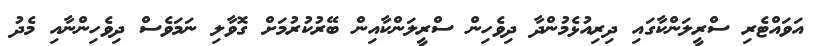
އަވައްޓެރި ސްރީލަންކާގައި ދިރިއުޅެމުންދާ ދިވެހިން ސްރީލަންކާއިން ބޭރުކުރުމަށް ގޮވާލި ނަމަވެސް ދިވެހިންނާއި މެދު